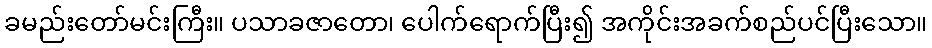
ခမည်းတော်မင်းကြီး။ ပသာခဇာတော၊ ပေါက်ရောက်ပြီး၍ အကိုင်းအခက်စည်ပင်ပြီးသော။